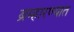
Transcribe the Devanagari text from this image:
ब्रम्हारण्यात